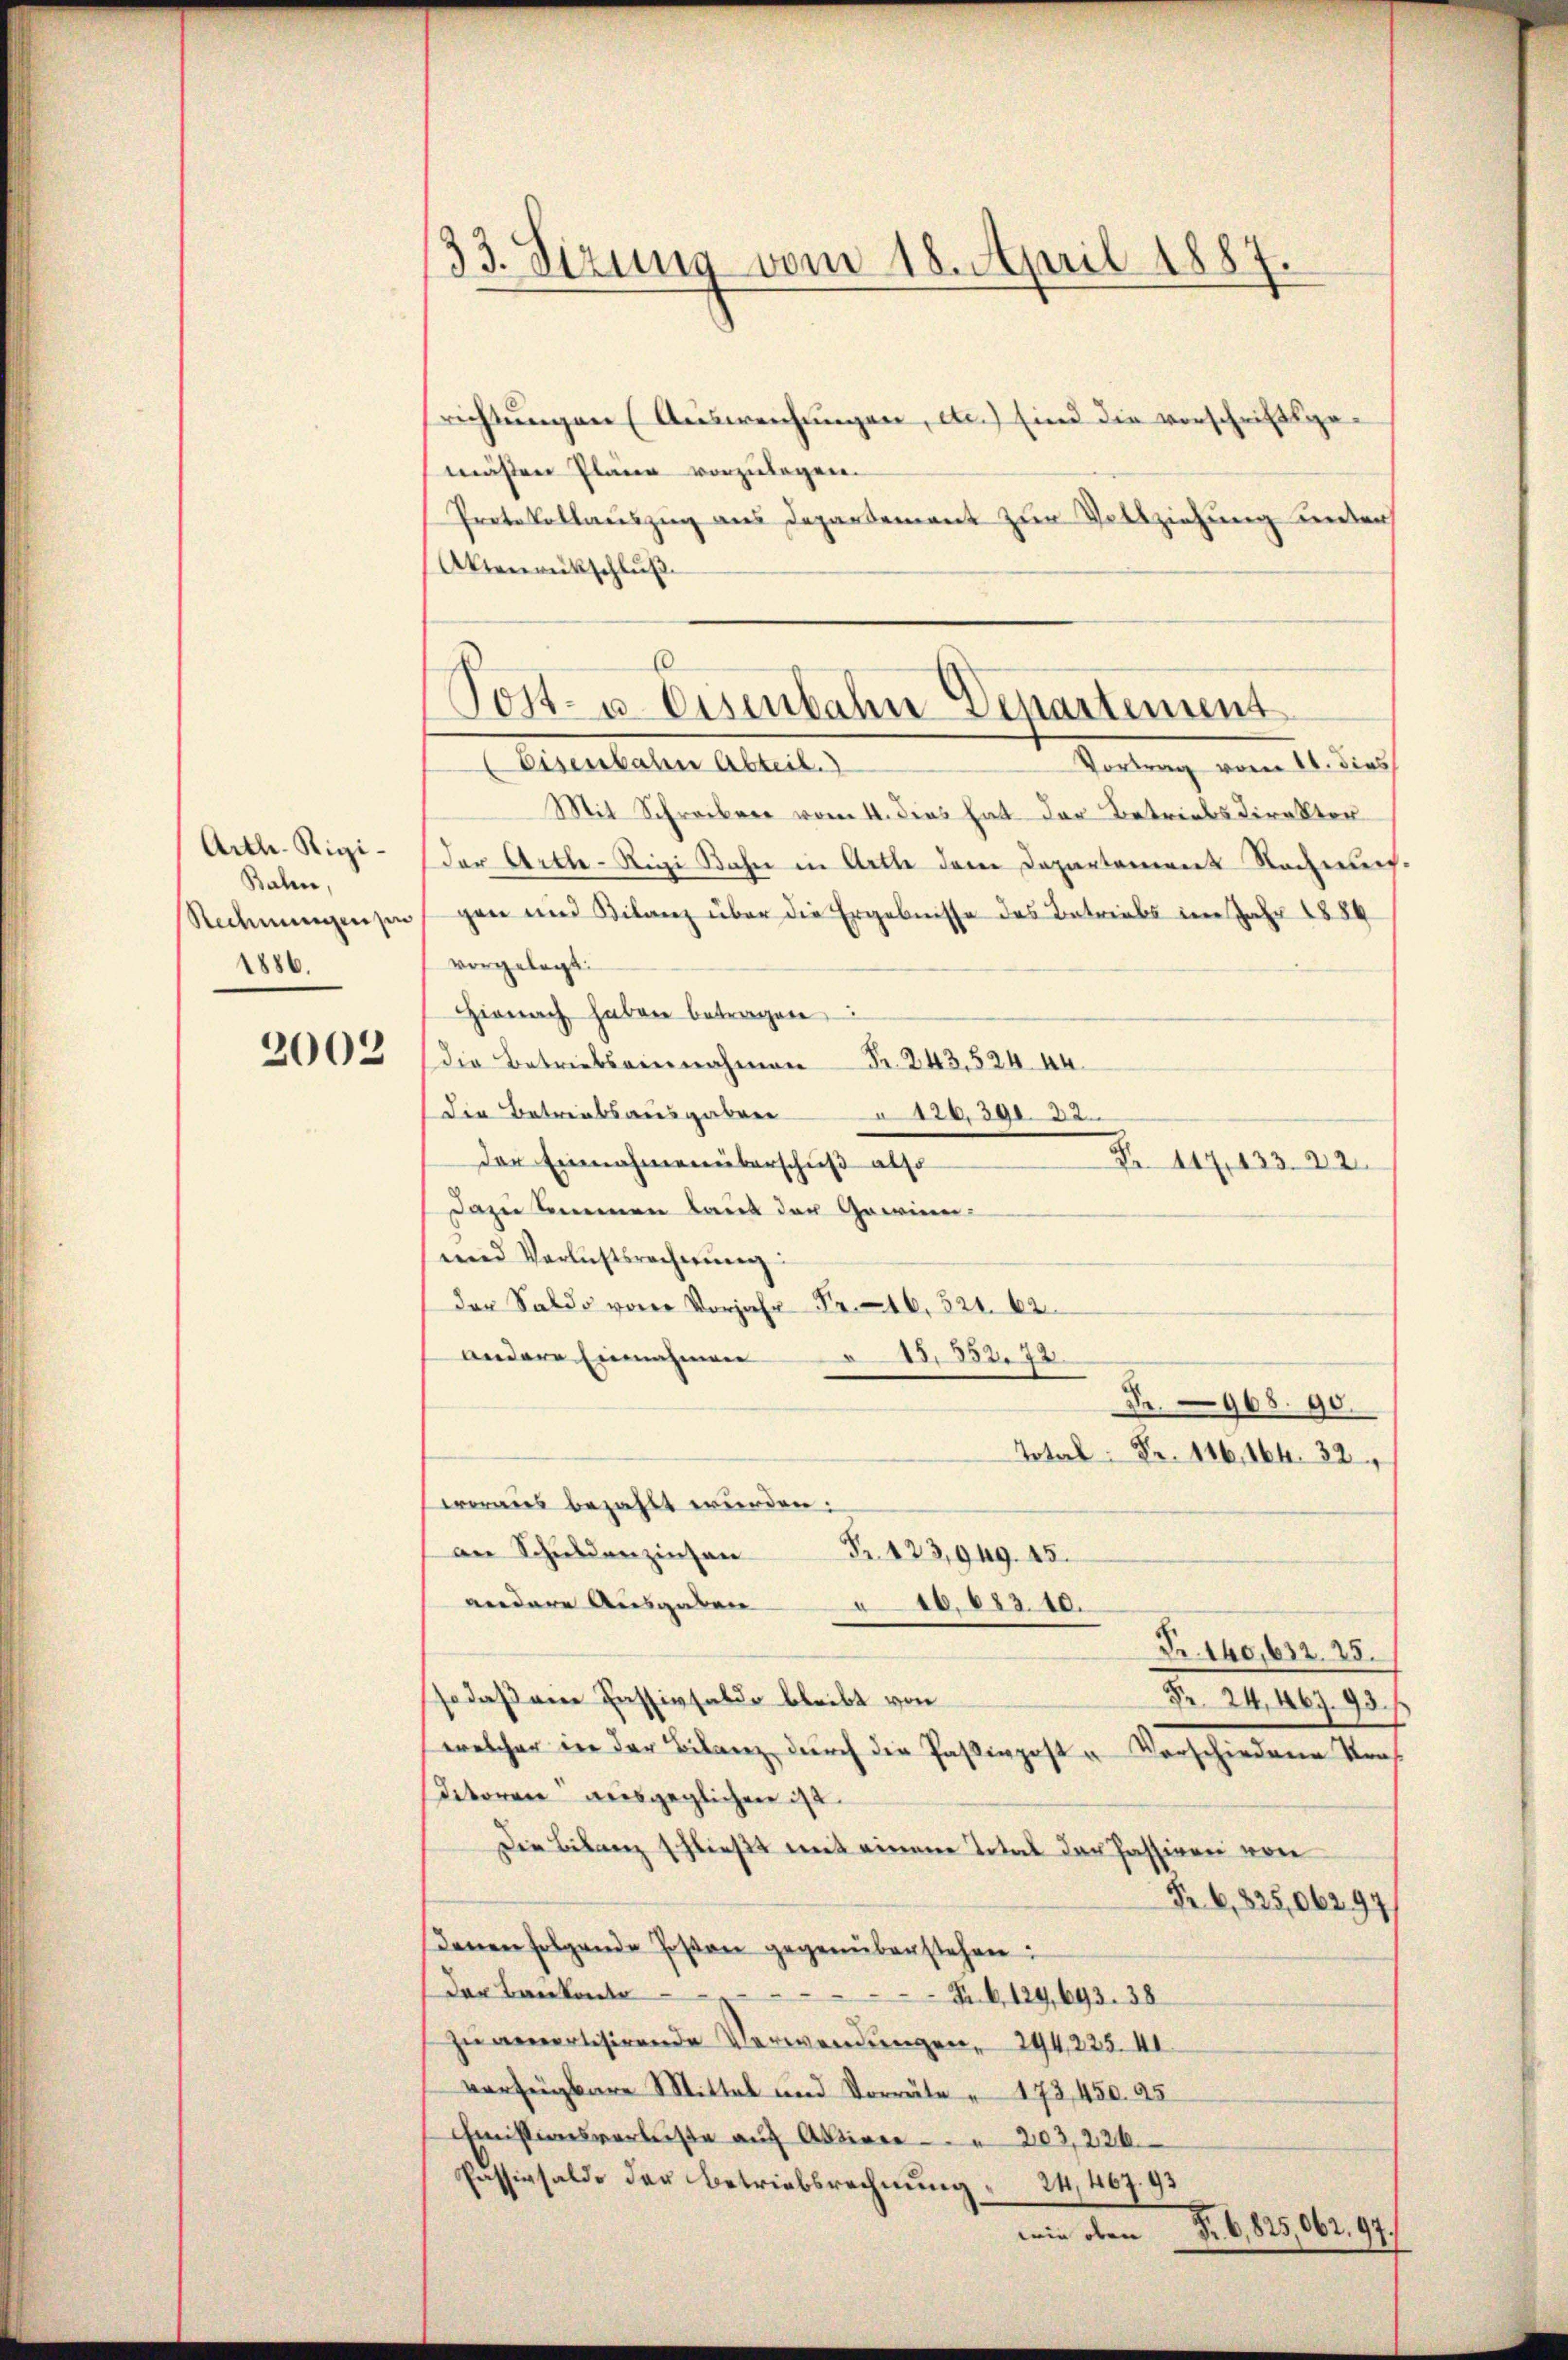
Arth. Rigi¬
Balen,
1886.

2003

33. Sizung vom 18. April 1887.

richtungen Ausweichungen, etc.) sind die vorschriftsge-
¬
mäßen Pläne vorzulegen.
Protokollauszug aus Departement zur Vollziehung unter
Aktenrütschluß
Alterlauten beleut
Tortung vom 1. Jus
Mit Schreiber vom 4. dies hat der Betriebsdirektor
Der Arth - Rigi Bahn in Arth dem Departement Rechnung
Rechnungensen gan und Bilanz über die Ergebnisse des Betriebs im Jahr 1884
vorgelegt:
Hienach haben betragen
die Betriebeinnahmen Fr. 243, 52444.
die Betriebsausgaben § 126, 391. 32.
der Einnahmen überschuß also
Z 117, 433. 22
dazu kommen baut der Gawinen-
und Verlichtsrechnung:
der S. 562.
andere Einnahmen
28. 333. 23.
Nr. 968. 90.
Total Fr. 116, 164. 32.
woraus bezahlt wurden:
an Schuldenzinsen
Fr. 123,949. 15.
andere Ausgaben 1001310.
Nr. 140,632. 25.
so daß ein Passivsaldo bleibt von
Nr. 24. 467. 93.
welcher in der Bilanz durch die Passivpost u Vorschiedene Straf
ditoren ausgeglichen ist.
Die Bilanz schließt mit einem Total der Passiven von
Fr. 6, 825,06297
denen folgende Posten gegenüberstehen:
(der Bankadr
Fr. B. 129, 693. 38
zu annerlisirende Verwendungen, 294, 225. II.
verfügbare Mittel und Vorräte " 173, 450. 45
Emissionsverlasse auf Aktiver 203,226.
Passivsaldo der Betriebsrechnung 24,407. 93
wie oben Fr. 6, 825,062. 97.

Post- u. Eisenbahn-Departement